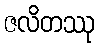
ဇလိတဿု